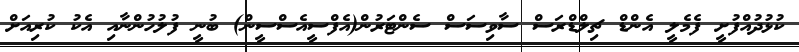
ކުޅުދުއްފުށީ ފެމެލީ އެންޑް ޗިލްޑްރަސް ސާވިސަސް ސެންޓަރުން(އެފްސީއެސްސީން) ބުނީ ފުލުހުންނާއި އެކު ކުރިއަށް